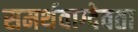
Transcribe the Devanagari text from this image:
समर्थवाग्देवता